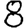
Digit: 8